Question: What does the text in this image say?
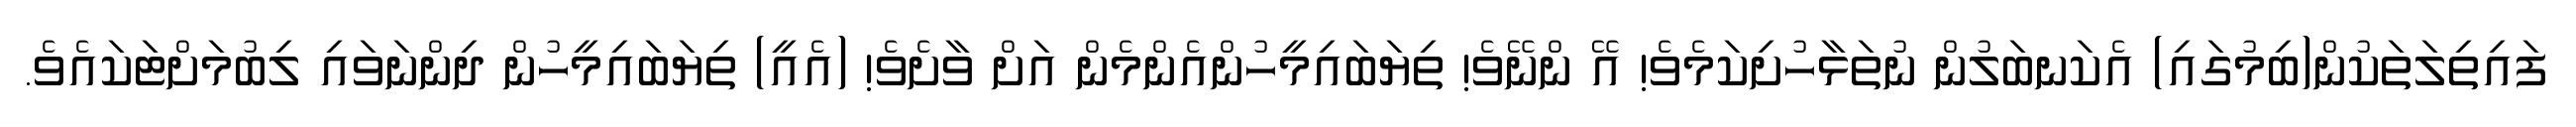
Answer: ފައިތިލަތަކުން(ބިމުގައި) އެކަނބަލުން ނުތަޅާހުށިކަމެވެ! އޭ ންނޭވެ! ތިޔަބައިމީހުންއެންމެން އަށް ވާށެވެ! (އެއީ) ތިޔަބައިމީހުން ދިންނަވައި ލިބުމަށްޓަކައެވެ.